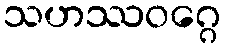
သဟဿဝဂ္ဂေ